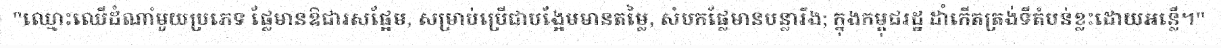
"ឈ្មោះឈើដំណាំមួយប្រភេទ ផ្លែមានឱជារសផ្អែម, សម្រាប់ប្រើជាបង្អែមមានតម្លៃ, សំបកផ្លែមានបន្លារឹង; ក្នុងកម្ពុជរដ្ឋ ដាំកើតត្រង់ទីតំបន់ខ្លះដោយអន្លើ។"